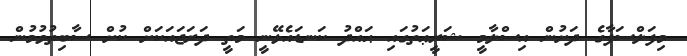
މިފަލްސަފާގެ ދަށުން އިސްލާމީ ޝަރީޢަތުގައި ޙައްދު ކަނޑައެޅޭނީ މަތީ ދަރަޖައަކަށް ކުށް ސާބިތުވުމުން